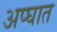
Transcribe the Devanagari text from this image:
अप्घात